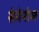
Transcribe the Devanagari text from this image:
सेमेनोव्ह